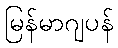
မြန်မာဂျပန်